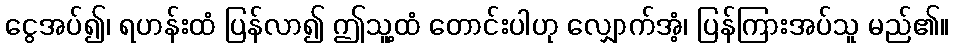
ငွေအပ်၍၊ ရဟန်းထံ ပြန်လာ၍ ဤသူ့ထံ တောင်းပါဟု လျှောက်အံ့၊ ပြန်ကြားအပ်သူ မည်၏။